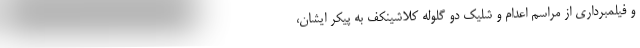
و فیلمبرداری از مراسم اعدام و شلیک دو گلوله کلاشینکف به پیکر ایشان،